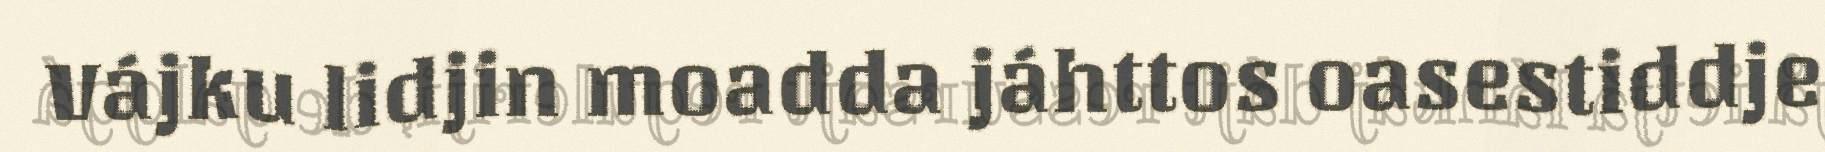
Vájku lidjin moadda jáhttos oasestiddje